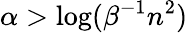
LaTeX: \alpha>\log(\beta^{-1}n^{2})